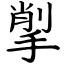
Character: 揱